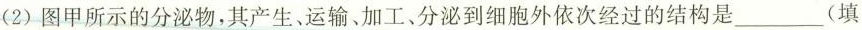
(2)图甲所示的分泌物，其产生运输。加工、分泌到细胞外依次经过的结构是___(填